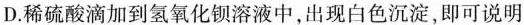
D.稀硫酸滴加到氢氧化钡溶液中，出现白色沉淀，即可说明